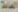
العامة